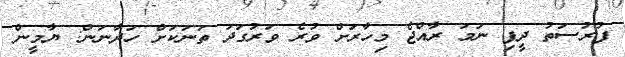
ފުރުސަތު ދީފި ނަމަ ރާއްޖެ މިހާރަށް ވުރެ ވަރުގަދަ ތަނަކަށް ހަދާނަން: ޔާމީން